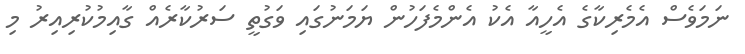
ނަމަވެސް އެމެރިކާގެ އެހީއާ އެކު އެންމެފަހުން ޔަމަނުގައި ވަގުތީ ސަރުކާރެއް ގާއިމުކުރިއިރު މި